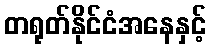
တရုတ်နိုင်ငံအနေနှင့်